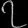
Digit: ၇